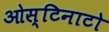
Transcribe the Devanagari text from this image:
ओस्टिनाटो